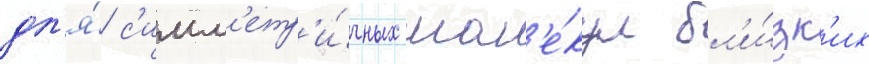
дл'я́ с'имм'етр'и́чных мол'е́кул бл'и́зк'их